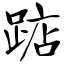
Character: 踮